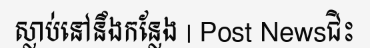
ស្លាប់នៅនឹងកន្លែង | Post Newsជិះ